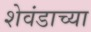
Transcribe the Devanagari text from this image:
शेवंडाच्या